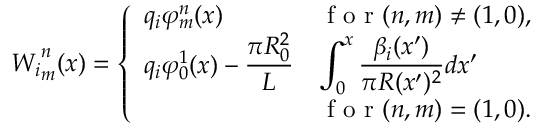
{ W _ { i } } _ { m } ^ { n } ( x ) = \left\{ \begin{array} { l l } { q _ { i } \varphi _ { m } ^ { n } ( x ) } & { \textrm { f o r } ( n , m ) \neq ( 1 , 0 ) , } \\ { \displaystyle q _ { i } \varphi _ { 0 } ^ { 1 } ( x ) - \frac { \pi R _ { 0 } ^ { 2 } } { L } } & { \displaystyle \int _ { 0 } ^ { x } \frac { \beta _ { i } ( x ^ { \prime } ) } { \pi R ( x ^ { \prime } ) ^ { 2 } } d x ^ { \prime } } \\ & { \textrm { f o r } ( n , m ) = ( 1 , 0 ) . } \end{array} \right.